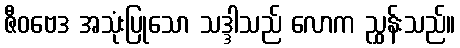
ဇီဝဗေဒ အသုံးပြုသော သဒ္ဒါသည် လောက ညွှန်းသည်။